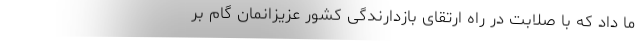
ما داد که با صلابت در راه ارتقای بازدارندگی کشور عزیزانمان گام بر